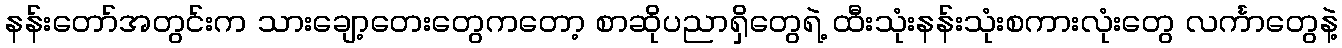
နန်းတော်အတွင်းက သားချော့တေးတွေကတော့ စာဆိုပညာရှိတွေရဲ့ ထီးသုံးနန်းသုံးစကားလုံးတွေ လင်္ကာတွေနဲ့